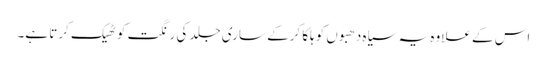
اس کے علاوہ یہ سیاہ دھبوں کو ہلکا کرکے ساری جلد کی رنگت کو ٹھیک کرتا ہے۔